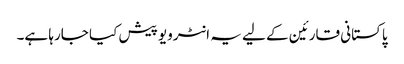
پاکستانی قارئین کے لیے یہ انٹرویو پیش کیا جارہا ہے۔